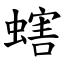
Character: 螛